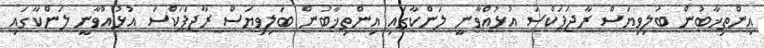
އިންތިޚާބުން ބަލިވިޔަސް ރާޖަޕަކްސަ އުޅުއްވާނީ ލަންކާގައި އިންތިޚާބުން ބަލިވިޔަސް ރާޖަޕަކްސަ އުޅުއްވާނީ ލަންކާގައި